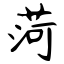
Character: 菏